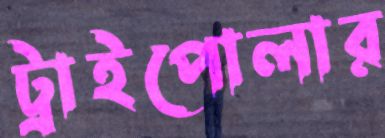
ট্রাইপোলার